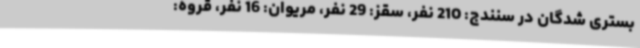
بستری شدگان در سنندج: 210 نفر، سقز: 29 نفر، مریوان: 16 نفر، قروه: